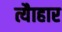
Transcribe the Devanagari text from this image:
त्यैाहार